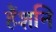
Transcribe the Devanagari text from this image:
हैंशनि